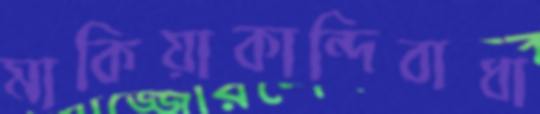
মাকিয়াকান্দিবাধা